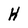
Character: h